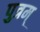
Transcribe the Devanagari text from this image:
पुत्रम्‌